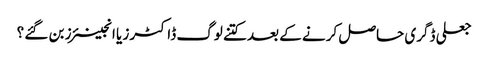
جعلی ڈگری حاصل کرنے کے بعد کتنے لوگ ڈاکٹرز یا انجینئرز بن گئے ؟